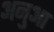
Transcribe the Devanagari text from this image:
अनुआ